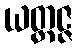
ယတ္ထဇ္ဇ